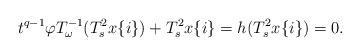
LaTeX: \begin{align*}t^{q-1}\varphi T_{\omega}^{-1}(T_s^2x\{i\})+T_s^2x\{i\}=h(T_s^2x\{i\})=0.\end{align*}